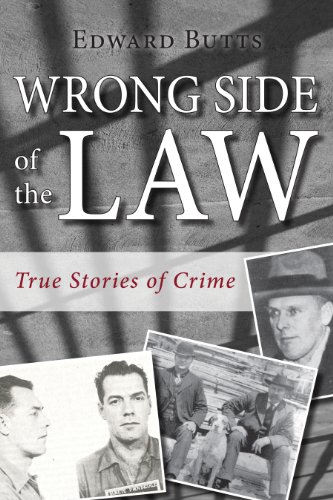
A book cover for Wrong Side of the Law: True Stories of Crime; Edward Butts; Biographies & Memoirs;